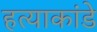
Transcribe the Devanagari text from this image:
हत्याकांडे